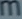
m